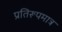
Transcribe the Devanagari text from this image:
प्रतिरूपमात्र